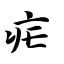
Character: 疟